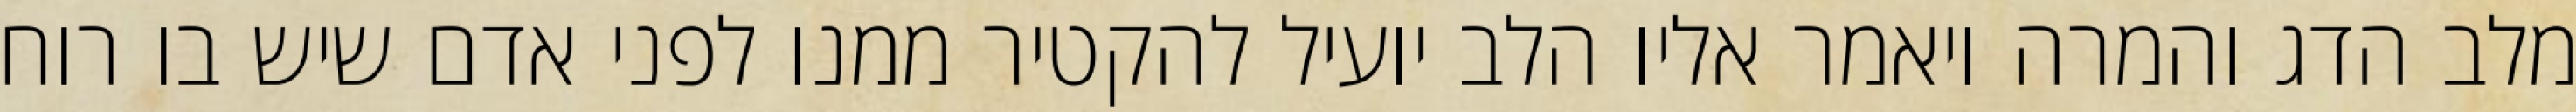
מלב הדג והמרה ויאמר אליו הלב יועיל להקטיר ממנו לפני אדם שיש בו רוח